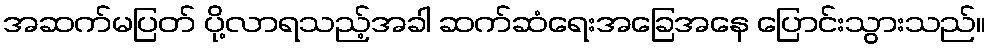
အဆက်မပြတ် ပို့လာရသည့်အခါ ဆက်ဆံရေးအခြေအနေ ပြောင်းသွားသည်။